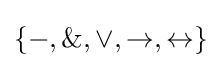
\{-,\&,\lor ,\to ,\leftrightarrow \}